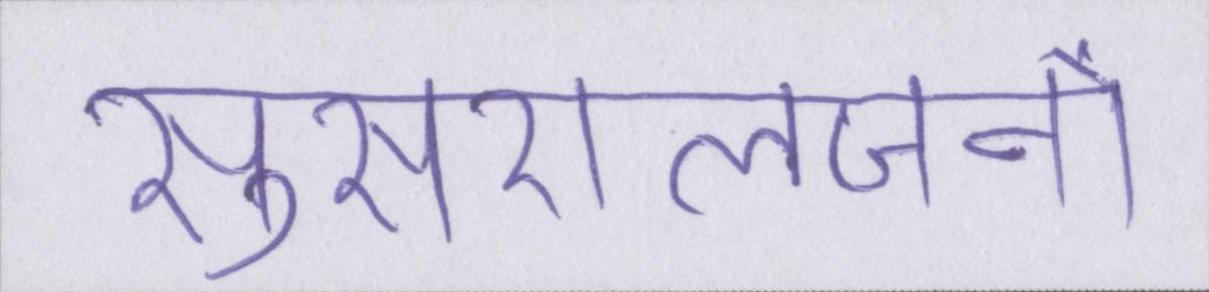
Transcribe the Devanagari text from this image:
सुसरालजनों